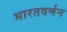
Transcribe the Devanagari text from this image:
भारतवर्णन